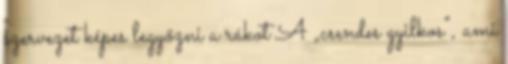
szervezet képes legyőzni a rákot A „csendes gyilkos”, ami